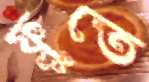
ফ্লুতে